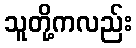
သူတို့ကလည်း